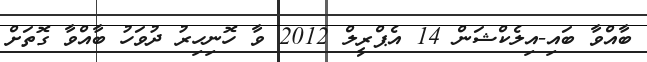
ބާއްވާ ބައި-އިލެކްޝަން 14 އެޕްރީލް 2012 ވާ ހޮނިހިރު ދުވަހު ބާއްވާ ގޮތަށް